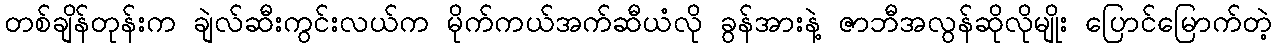
တစ်ချိန်တုန်းက ချဲလ်ဆီးကွင်းလယ်က မိုက်ကယ်အက်ဆီယံလို ခွန်အားနဲ့ ဇာဘီအလွန်ဆိုလိုမျိုး ပြောင်မြောက်တဲ့